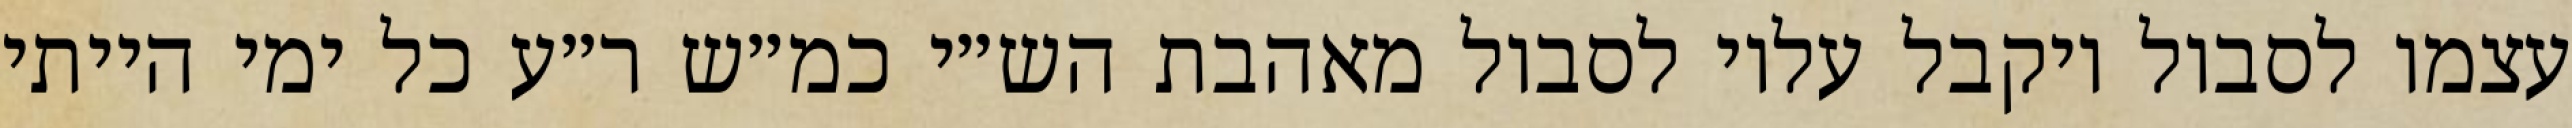
עצמו לסבול ויקבל עליו לסבול מאהבת הש״י כמ״ש ר״ע כל ימי הייתי